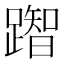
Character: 䠦